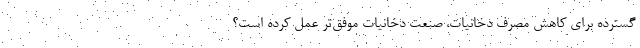
گسترده برای کاهش مصرف دخانیات، صنعت دخانیات موفق‌تر عمل کرده است؟